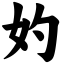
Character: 妁